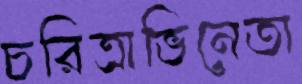
চরিত্রাভিনেতা